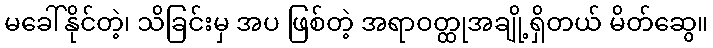
မခေါ်နိုင်တဲ့၊ သိခြင်းမှ အပ ဖြစ်တဲ့ အရာဝတ္ထုအချို့ရှိတယ် မိတ်ဆွေ။